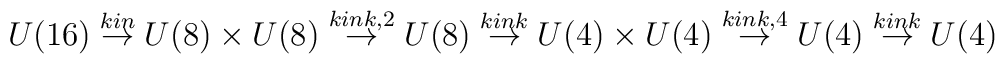
U(16)\stackrel{kin}{\rightarrow}U(8)\times U(8) \stackrel{kink,2}{\rightarrow} U(8) \stackrel{kink}{\rightarrow} U(4)\times U(4) \stackrel{kink,4}{\rightarrow}U(4)\stackrel{kink}{\rightarrow} U(4)